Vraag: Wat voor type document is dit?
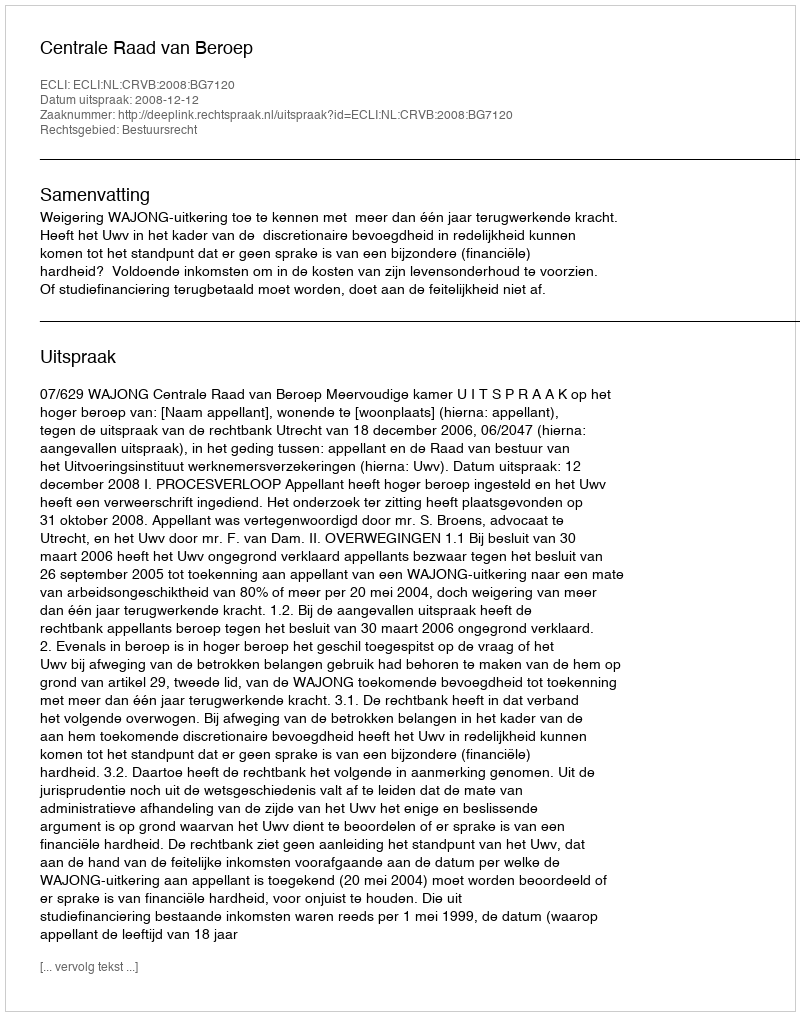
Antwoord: Uitspraak